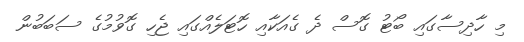
މި ހާދިސާގައި ބޯޓު ގޮސް ދެ ގެއަކާއި ހޮޓަލެއްގައި ޖެހި ގޮވުމުގެ ސަބަބުން